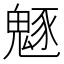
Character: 𩳟